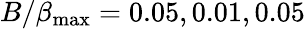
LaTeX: B/\beta_{\mathrm{max}}=0.05,0.01,0.05